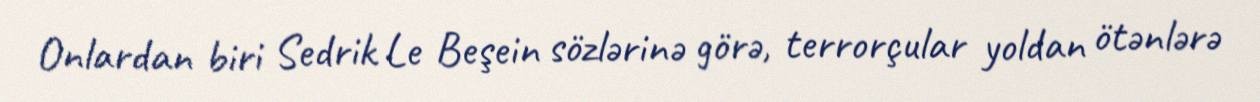
Onlardan biri Sedrik Le Beşein sözlərinə görə, terrorçular yoldan ötənlərə